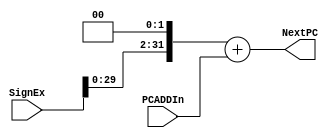
`timescale 1ns / 1ps
//////////////////////////////////////////////////////////////////////////////////
// Company: 
// Engineer: 
// 
// Design Name: 
// Module Name: PCADD1
// Project Name: 
// Target Devices: 
// Tool Versions: 
// Description: 
// 
// Dependencies: 
// 
// Revision:
// Revision 0.01 - File Created
// Additional Comments:
// 
//////////////////////////////////////////////////////////////////////////////////


module PCADD1(
    input [31:0] PCADDIn,
    input [31:0] SignEx,
    output [31:0] NextPC
    );
    wire [31:0] SignSL;
    assign SignSL = SignEx << 2;
    assign NextPC = SignSL + PCADDIn;
endmodule